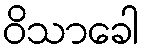
ဝိသာခေါ